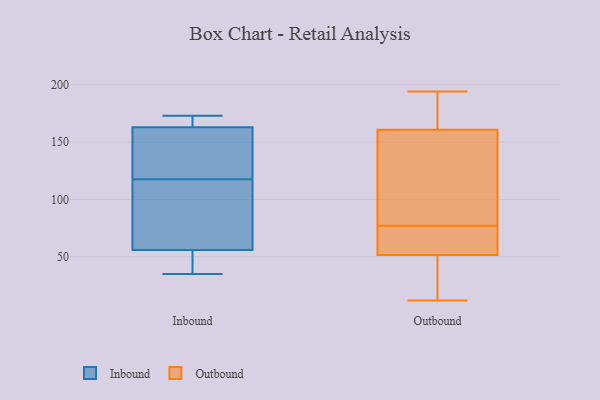
{"axis": {"x": "Demand Index", "y": "Value"}, "legend": ["Inbound", "Outbound"], "data": [{"x": "", "y": 118, "type": "Inbound"}, {"x": "", "y": 42, "type": "Inbound"}, {"x": "", "y": 117, "type": "Inbound"}, {"x": "", "y": 173, "type": "Inbound"}, {"x": "", "y": 60, "type": "Inbound"}, {"x": "", "y": 173, "type": "Inbound"}, {"x": "", "y": 121, "type": "Inbound"}, {"x": "", "y": 168, "type": "Inbound"}, {"x": "", "y": 158, "type": "Inbound"}, {"x": "", "y": 52, "type": "Inbound"}, {"x": "", "y": 111, "type": "Inbound"}, {"x": "", "y": 35, "type": "Inbound"}, {"x": "", "y": 169, "type": "Outbound"}, {"x": "", "y": 148, "type": "Outbound"}, {"x": "", "y": 60, "type": "Outbound"}, {"x": "", "y": 77, "type": "Outbound"}, {"x": "", "y": 12, "type": "Outbound"}, {"x": "", "y": 44, "type": "Outbound"}, {"x": "", "y": 75, "type": "Outbound"}, {"x": "", "y": 109, "type": "Outbound"}, {"x": "", "y": 194, "type": "Outbound"}, {"x": "", "y": 158, "type": "Outbound"}, {"x": "", "y": 41, "type": "Outbound"}, {"x": "", "y": 182, "type": "Outbound"}, {"x": "", "y": 54, "type": "Outbound"}]}